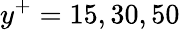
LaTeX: y^{+}=15,30,50